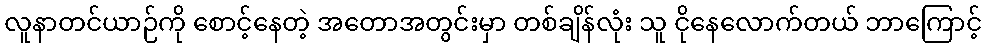
လူနာတင်ယာဉ်ကို စောင့်နေတဲ့ အတောအတွင်းမှာ တစ်ချိန်လုံး သူ ငိုနေလောက်တယ် ဘာကြောင့်